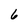
Character: 6